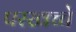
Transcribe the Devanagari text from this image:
परखच्चे